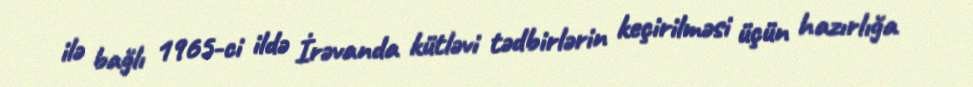
ilə bağlı 1965-ci ildə İrəvanda kütləvi tədbirlərin keçirilməsi üçün hazırlığa